Scottish Certificate of Education, 1962
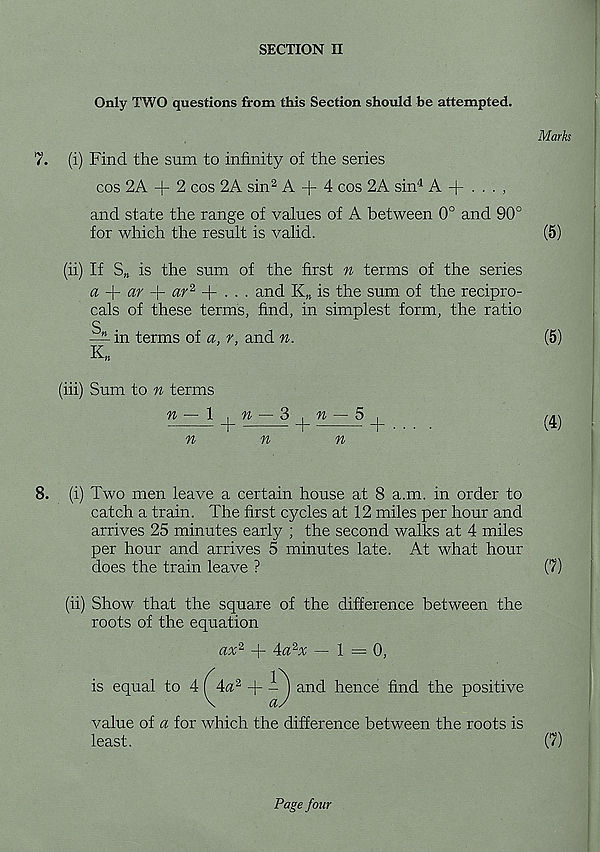
SECTION II
Only TWO questions from this Section should be attempted.
7. (i) Find the sum to infinity of the series
cos 2A + 2 cos 2A sin 2 A + 4 cos 2A sin 4 A + . . . ,
and state the range of values of A between 0° and 90°
for which the result is valid.
(ii) If S„ is the sum of the first n terms of the series
a -\- ar
ar 2
. and K„ is the sum of the recipro-
cals of these terms, find, in simplest form, the ratio
S
— in terms of a, r, and n.
K„
(iii) Sum to n terms
n — \
n
, n — 2> , n — 5 ,
m
+
-+-■••
n
n
8. (i) Two men leave a certain house at 8 a.m. in order to
catch a train. The first cycles at 12 miles per hour and
arrives 25 minutes early ; the second walks at 4 miles
per hour and arrives 5 minutes late. At what hour
does the train leave ?
(ii) Show that the square of the difference between the
roots of the equation
ax 2 + Aa 2 x —1=0,
is equal to 4 (^Aa 2 +
and hence find the positive
value of a for which the difference between the roots is
least.
Page four